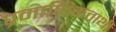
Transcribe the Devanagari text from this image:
प्रमाणिकताथी